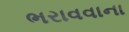
ભરાવવાના